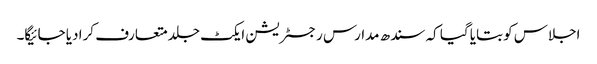
اجلاس کو بتایا گیا کہ سندھ مدارس رجسٹریشن ایکٹ جلد متعارف کرا دیا جائیگا۔